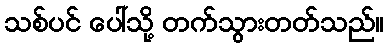
သစ်ပင် ပေါ်သို့ တက်သွားတတ်သည်။